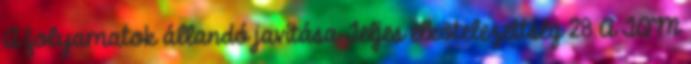
A folyamatok állandó javítása Teljes elkötelezettség 28 A TQM